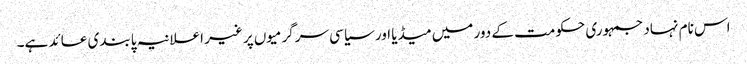
اس نام نہاد جمہوری حکومت کے دور میں میڈیا اور سیاسی سرگرمیوں پر غیر اعلانیہ پابندی عائد ہے۔